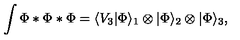
\int \Phi * \Phi * \Phi = \langle V _ { 3 } | \Phi \rangle _ { 1 } \otimes | \Phi \rangle _ { 2 } \otimes | \Phi \rangle _ { 3 } ,